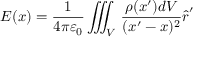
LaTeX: { \boldsymbol { E } } ( { \boldsymbol { x } } ) = { \frac { 1 } { 4 \pi \varepsilon _ { 0 } } } \iiint _ { V } \, { \frac { \rho ( { \boldsymbol { x } } ^ { \prime } ) d V } { ( { \boldsymbol { x } } ^ { \prime } - { \boldsymbol { x } } ) ^ { 2 } } } { \hat { \boldsymbol { r } } } ^ { \prime }